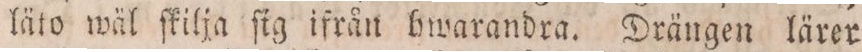
läto wäl ſkilja ſia ifrån hwarandra. Drängen lärer